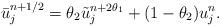
LaTeX: \begin{align*}\bar{u}^{n+1/2}_{j}=\theta_{2} \tilde{u}^{n+2\theta_1}_{j}+(1-\theta_{2})u^{n}_{j}.\end{align*}